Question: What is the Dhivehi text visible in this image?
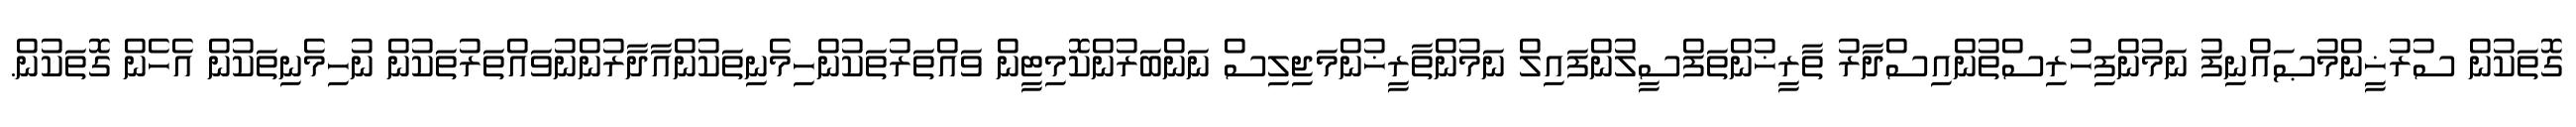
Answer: ގޮތަކުން ސުރުޚީންމުޞައްނިފު ނަމުންފިހުރިސްތުންއިސްދާރު ތާރީޚުންތަފްސީލުންފައިލް ނަމުންތާރީޚުންމަޖިލިސް ނަންބަރުންކޮމިޓީން ވައްތަރުތަކުންހިމެނިތަކުންއާދާރުންނުވައްތަރުތަކުން ނުހިމެނިތަކުން އެހެން ގޮތަކުން.